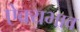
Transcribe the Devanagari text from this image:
ऐक्यभाव